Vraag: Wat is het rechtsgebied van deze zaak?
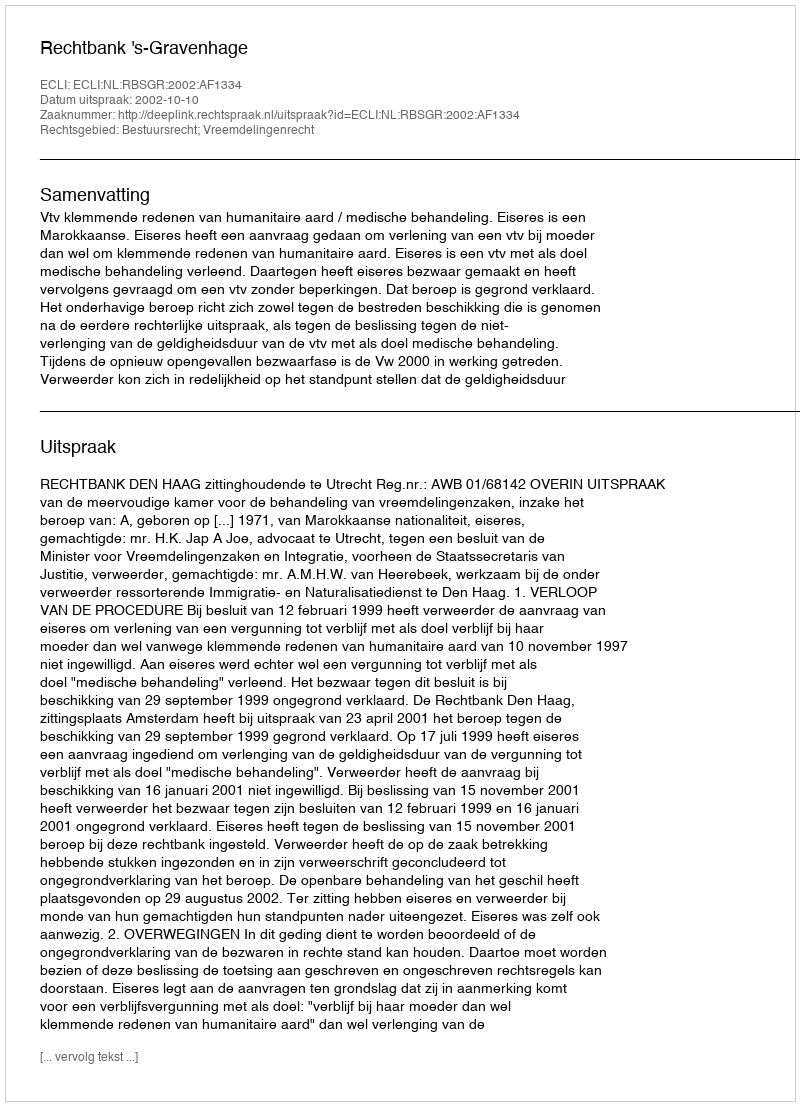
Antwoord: Bestuursrecht; Vreemdelingenrecht